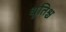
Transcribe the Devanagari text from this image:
धृतिश्च